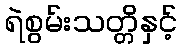
ရဲစွမ်းသတ္တိနှင့်